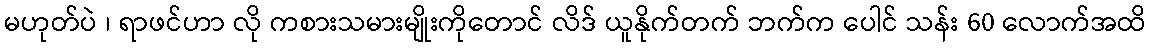
မဟုတ်ပဲ ၊ ရာဖင်ဟာ လို ကစားသမားမျိုးကိုတောင် လိဒ် ယူနိုက်တက် ဘက်က ပေါင် သန်း 60 လောက်အထိ